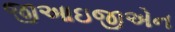
જીઆઇજીએન